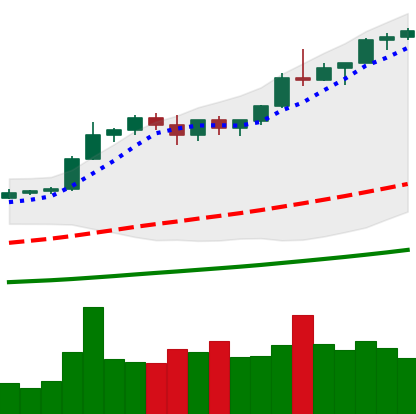
Ticker: BTC-USD
Chart end date: 2021-01-01
Forward return: 25.363%
Label: up_7plus